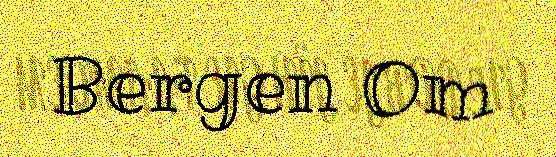
Bergen Om